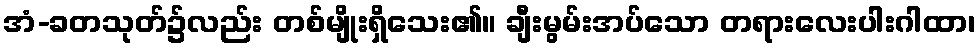
အံ-ခတသုတ်၌လည်း တစ်မျိုးရှိသေး၏။ ချီးမွမ်းအပ်သော တရားလေးပါးဂါထာ၊